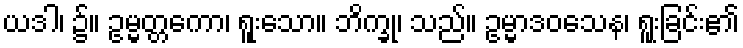
ယဒါ၊ ၌။ ဥမ္မတ္တကော၊ ရူးသော။ ဘိက္ခု၊ သည်။ ဥမ္မာဒဝသေန၊ ရူးခြင်း၏